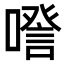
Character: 𠽹